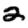
Digit: 2